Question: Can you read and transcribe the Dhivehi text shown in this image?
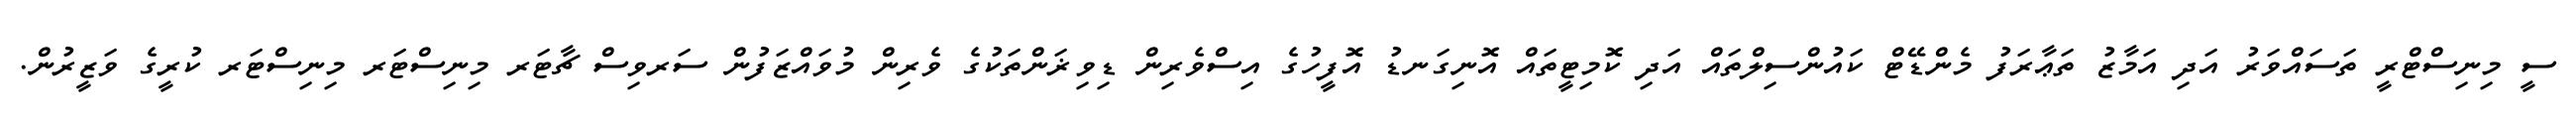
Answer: ސީ މިނިސްޓްރީ ތަސައްވަރު އަދި އަމާޒު ތަޢާރަފު މެންޑޭޓް ކައުންސިލްތައް އަދި ކޮމިޓީތައް އޮނިގަނޑު އޮފީހުގެ އިސްވެރިން ޑިވިޜަންތަކުގެ ވެރިން މުވައްޒަފުން ސަރވިސް ޗާޓަރ މިނިސްޓަރ މިނިސްޓަރ ކުރީގެ ވަޒީރުން.